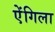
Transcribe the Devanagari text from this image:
ऐंगिला